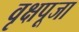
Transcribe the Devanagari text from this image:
वृक्षपूजा